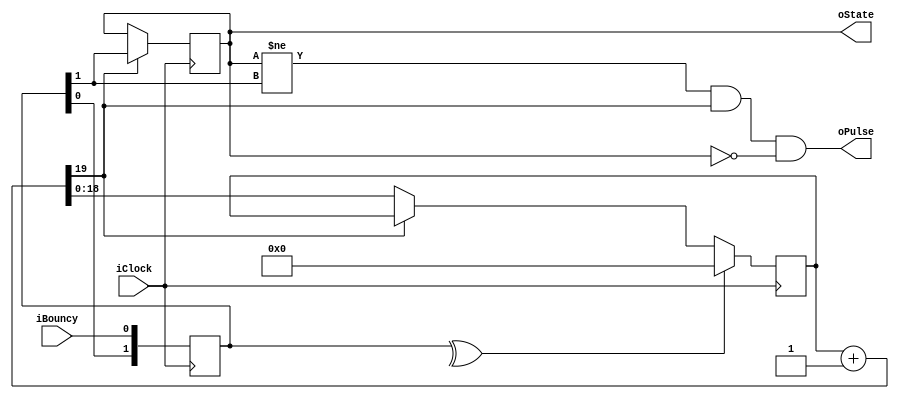
module Debouncer
(
	input wire iClock,
	input wire iBouncy,
	output reg oPulse,
	output reg oState
);

reg [1:0] FF = 2'b0;

always @(posedge iClock)
	FF <= { FF[0], iBouncy };
	
reg [18:0] Counter = 19'b0;
wire [18:0] NextCounter;
wire CarryOut;

assign { CarryOut, NextCounter } = Counter + 1'b1;

always @(posedge iClock)
	if (^FF)
		Counter <= 19'b0;
	else if (!CarryOut)
		Counter <= NextCounter;
		
reg State = 1'b0;
		
always @(posedge iClock)
	if (CarryOut)
		State <= FF[1];
		
assign oState = State;
assign oPulse = State != FF[1] && CarryOut && !State;

endmodule